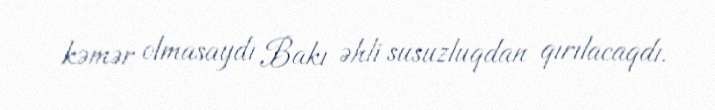
kəmər olmasaydı Bakı əhli susuzluqdan qırılacaqdı.